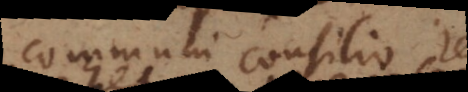
communi consilio regi